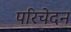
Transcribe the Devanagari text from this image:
परिचेदन